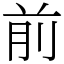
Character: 前